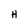
Character: H